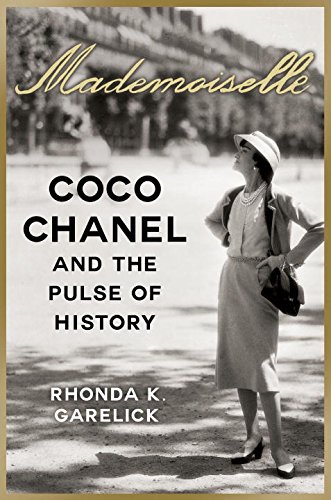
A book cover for Mademoiselle: Coco Chanel and the Pulse of History; Rhonda K. Garelick; Arts & Photography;